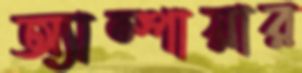
অ্যাম্পায়ার